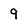
Character: 9